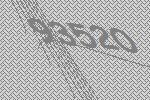
93520